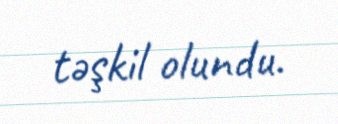
təşkil olundu.